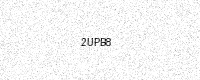
Text: 2UPB8